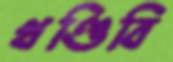
খণ্ডিবি